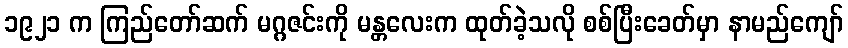
၁၉၂၁ က ကြည်တော်ဆက် မဂ္ဂဇင်းကို မန္တလေးက ထုတ်ခဲ့သလို စစ်ပြီးခေတ်မှာ နာမည်ကျော်